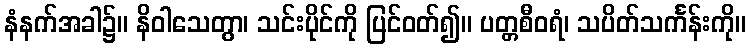
နံနက်အခါ၌။ နိဝါသေတွာ၊ သင်းပိုင်ကို ပြင်ဝတ်၍။ ပတ္တစီဝရံ၊ သပိတ်သင်္ကန်းကို။